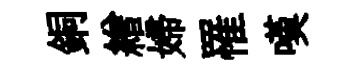
銅繒婦罹嘆